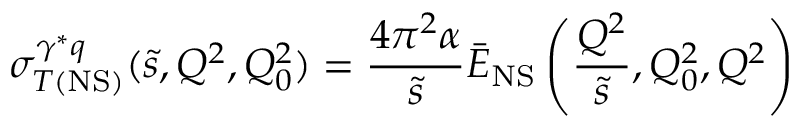
\sigma _ { T ( \mathrm { N S } ) } ^ { \gamma ^ { * } q } ( \tilde { s } , Q ^ { 2 } , Q _ { 0 } ^ { 2 } ) = \frac { 4 \pi ^ { 2 } \alpha } { \tilde { s } } \bar { E } _ { \mathrm { N S } } \left( \frac { Q ^ { 2 } } { \tilde { s } } , Q _ { 0 } ^ { 2 } , Q ^ { 2 } \right)